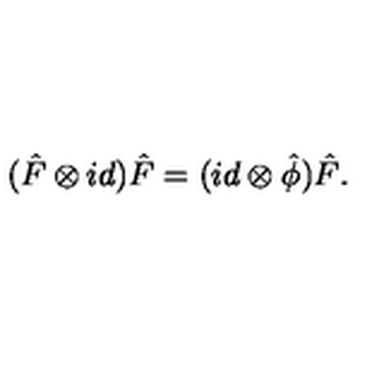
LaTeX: ( \hat { F } \otimes i d ) \hat { F } = ( i d \otimes { \hat { \phi } } ) \hat { F } .